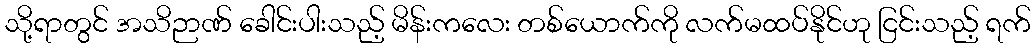
သို့ရာတွင် အသိဉာဏ် ခေါင်းပါးသည့် မိန်းကလေး တစ်ယောက်ကို လက်မထပ်နိုင်ဟု ငြင်းသည့် ရက်